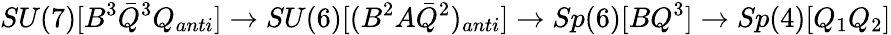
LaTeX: SU(7)[B^{3}{\bar{Q}}^{3}Q_{anti}]\rightarrow SU(6)[(B^{2}A{\bar{Q}}^{2})_{anti}]\rightarrow Sp(6)[BQ^{3}]\rightarrow Sp(4)[Q_{1}Q_{2}]